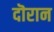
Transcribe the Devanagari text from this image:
दॊरान